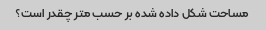
مساحت شکل داده شده بر حسب متر چقدر است؟